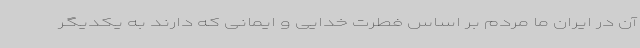
آن در ایران ما مردم بر اساس فطرت خدایی و ایمانی که دارند به یکدیگر